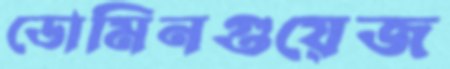
ডোমিনগুয়েজ